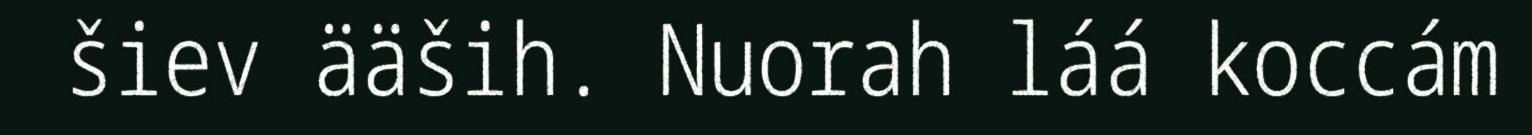
šiev ääših. Nuorah láá koccám